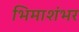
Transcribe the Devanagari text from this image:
भिमाशंभर